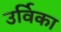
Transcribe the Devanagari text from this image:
उर्विका